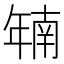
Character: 𫷜